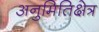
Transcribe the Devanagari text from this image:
अनुमितिक्षेत्र